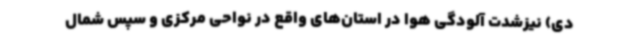
دی) نیزشدت آلودگی هوا در استان‌های واقع در نواحی مرکزی و سپس شمال